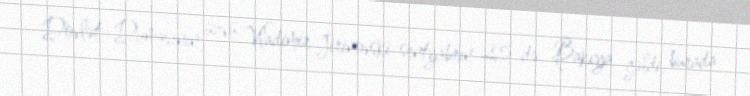
Dövlət Dumasının üzvü Vladimir Jirinovski sentyabrın 25-də Bakıya gəldi, burada